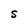
Character: S